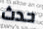
حدث